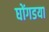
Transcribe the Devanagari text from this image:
घोंगडया